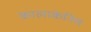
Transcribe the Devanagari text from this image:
कालाकेनिस